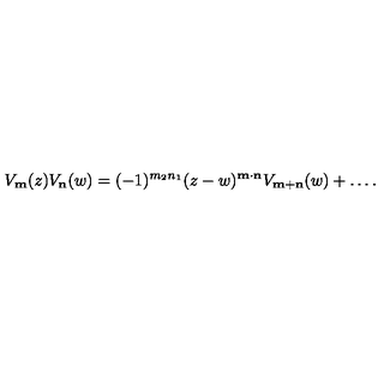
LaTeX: V _ { \bf m } ( z ) V _ { \bf n } ( w ) = ( - 1 ) ^ { m _ { 2 } n _ { 1 } } ( z - w ) ^ { \bf m \cdot n } V _ { \bf m + n } ( w ) + \ldots .